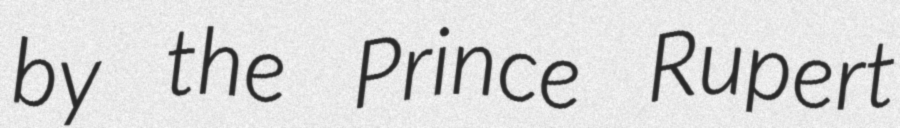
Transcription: by the Prince Rupert